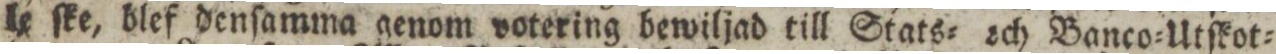
le ſke, blef denſamma genom votering bewiljad till Stats= och Banco=Utſkot=